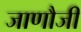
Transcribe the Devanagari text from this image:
जाणौजी